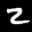
Label: 2